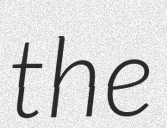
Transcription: the